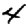
Digit: 4